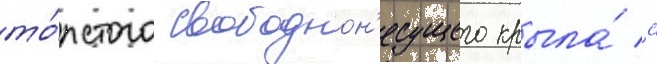
то́лстого свободнон'есущего крыла́ с